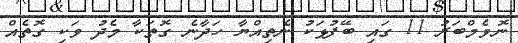
ނޮވެމްބަރު 11 ގައި ބޭފުޅަކު ނެތިއްޔާ ހަދާނެ ގޮތަކާ މެދު ވަކި ގޮތެއް